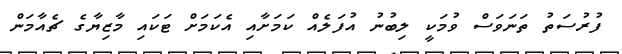
ފުރުސަތު ތަނަވަސް ވުމަކީ ލިބުނު އުފަލެއް ކަމަށާއި އެކަމަށް ޓަކައި މާޒިޔާގެ ޗެއާމަން